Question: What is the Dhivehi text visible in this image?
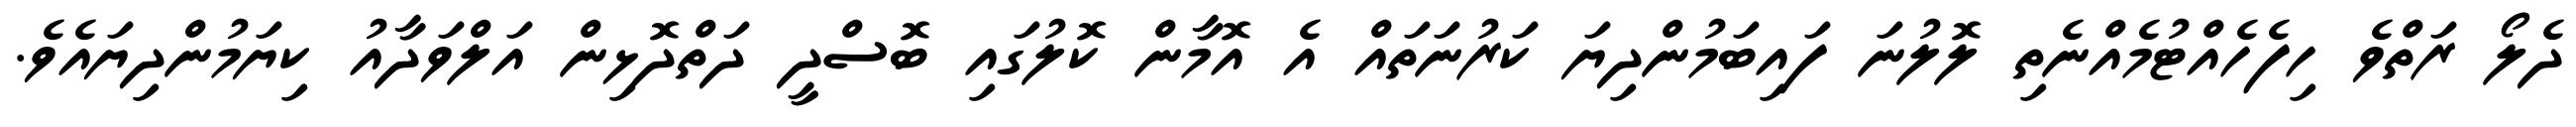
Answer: ދެލޯ ރަތްވެ ހިފެހެއްޓުމެއްނެތި ލޮލުނަ ފައިބަމުންދިޔަ ކަރުނަތައް އެ އޮމާން ކޮލުގައި ބޮސްދީ ދަތްދޮޅިން އަލްވަދާއު ކިޔަމުންދިޔައެވެ.